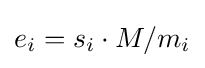
e_{i}=s_{i}\cdot M/m_{i}